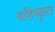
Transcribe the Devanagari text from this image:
बहिष्‍कृत